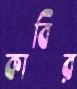
কাবির